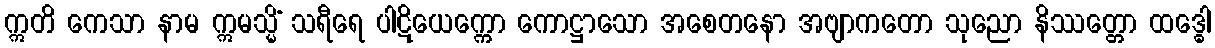
ဣတိ ကေသာ နာမ ဣမသ္မိံ သရီရေ ပါဋိယေက္ကော ကောဋ္ဌာသော အစေတနော အဗျာကတော သုညော နိဿတ္တော ထဒ္ဓေါ